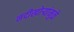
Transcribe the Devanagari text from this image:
नदीखोर्‍यांमुळे